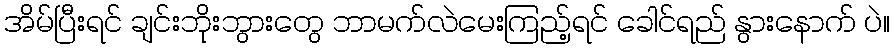
အိမ်ပြီးရင် ချင်းဘိုးဘွားတွေ ဘာမက်လဲမေးကြည့်ရင် ခေါင်ရည် နွားနောက် ပဲ။